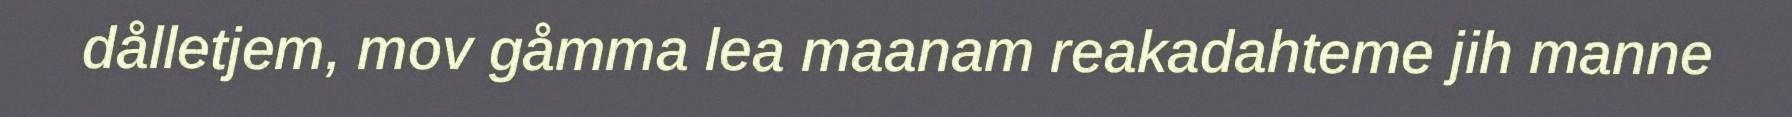
dålletjem, mov gåmma lea maanam reakadahteme jih manne